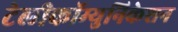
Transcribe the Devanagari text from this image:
टेलीकॉम्युनिकेशन